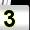
Digit: 3